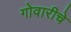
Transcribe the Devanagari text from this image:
गोवारीचे